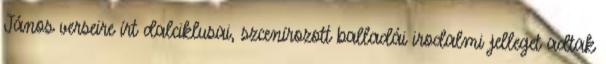
János verseire írt dalciklusai, szcenírozott balladái irodalmi jelleget adtak